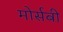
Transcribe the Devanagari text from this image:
मोर्सबी